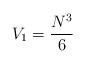
LaTeX: \begin{align*}V_1=\frac{N^3}{6}\end{align*}